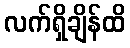
လက်ရှိချိန်ထိ